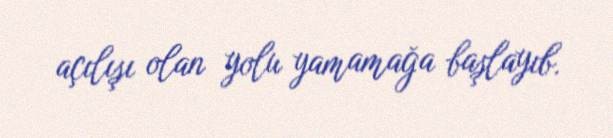
açılışı olan yolu yamamağa başlayıb.